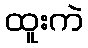
ထူးကဲ